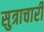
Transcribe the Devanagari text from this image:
सुत्राचारी